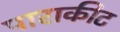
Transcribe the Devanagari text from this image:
पाराकीट